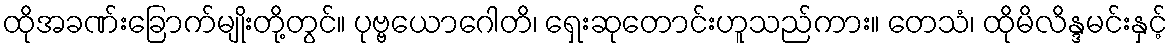
ထိုအခဏ်းခြောက်မျိုးတို့တွင်။ ပုဗ္ဗယောဂေါတိ၊ ရှေးဆုတောင်းဟူသည်ကား။ တေသံ၊ ထိုမိလိန္ဒမင်းနှင့်